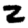
Digit: 2